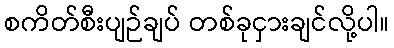
စကိတ်စီးပျဉ်ချပ် တစ်ခုငှားချင်လို့ပါ။